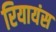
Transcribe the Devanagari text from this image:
रियायंस